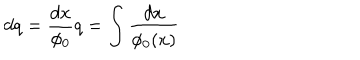
LaTeX: d q = { \frac { d x } { \phi _ { 0 } } } { \hspace { . 5 i n } } q = \int { \frac { d x } { \phi _ { 0 } ( x ) } }